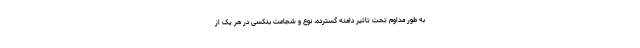
به طور مداوم تحت تاثیر دامنه گسترده، نوع و شجاعت بنکسی در هر یک از